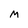
Character: M